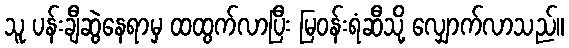
သူ ပန်းချီဆွဲနေရာမှ ထထွက်လာပြီး မြဝန်းရံဆီသို့ လျှောက်လာသည်။